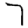
Digit: 7